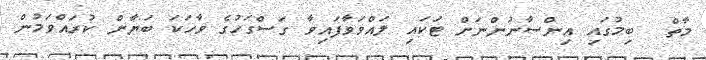
މާތް  ބިމުގައި އިންސާނުންނަށް ޓަކައި ލައްވަވާފައިވާ ގަސްގަހުގެ ވާހަކަ ބަޔާން ކުރައްވަމުން